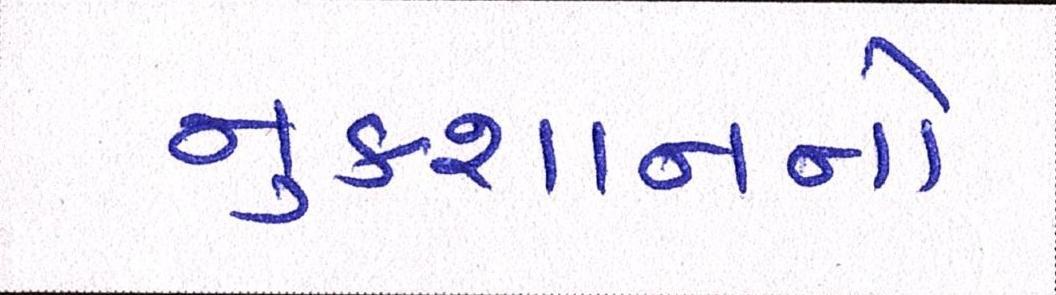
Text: નુકસાનનો